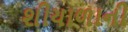
શીયાળાની